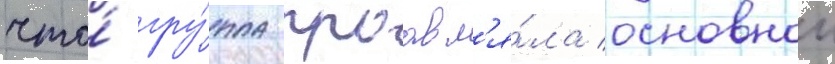
что́ гру́ппа проавл'я́ла основнои